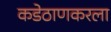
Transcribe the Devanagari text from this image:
कडेठाणकरला